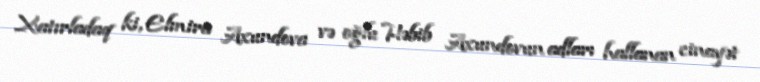
Xatırladaq ki, Elmira Axundova və oğlu Həbib Axundovun adları hallanan cinayət